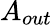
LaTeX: A_{out}